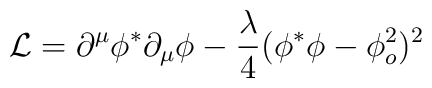
{\mathcal L} =\partial^\mu \phi^* \partial_\mu \phi -\frac{\lambda}{4} (\phi^*\phi -\phi_o^2)^2